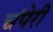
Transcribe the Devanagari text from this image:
चंपेरी